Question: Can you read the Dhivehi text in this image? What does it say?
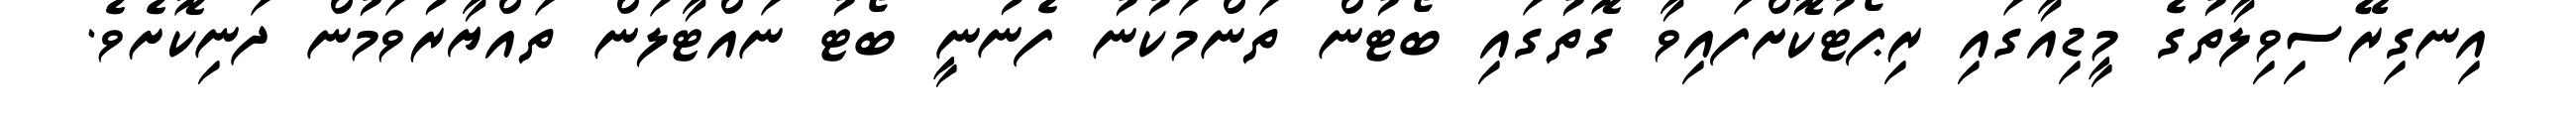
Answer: އިނގިރޭސިވިލާތުގެ މީޑިއާގައި ރިޕޯޓުކޮށްފައިވާ ގޮތުގައި ބޯޓުން ތަންމަކުނު ފެނުނީ ބޯޓު ނައްޓާލަން ތައްޔާރުވަމުން ދަނިކޮށެވެ.